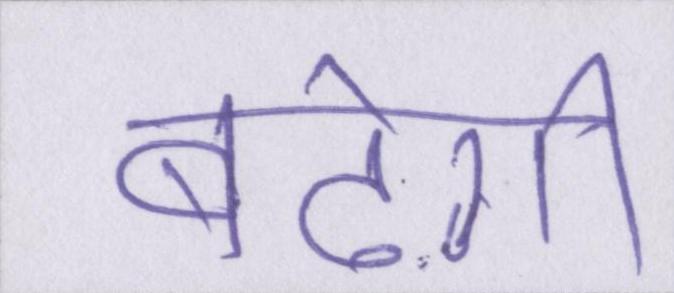
बढ़ेगी